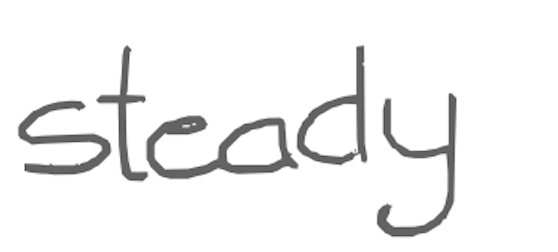
Text: steady
Cross-out: clean
Writing tool: digital_gray